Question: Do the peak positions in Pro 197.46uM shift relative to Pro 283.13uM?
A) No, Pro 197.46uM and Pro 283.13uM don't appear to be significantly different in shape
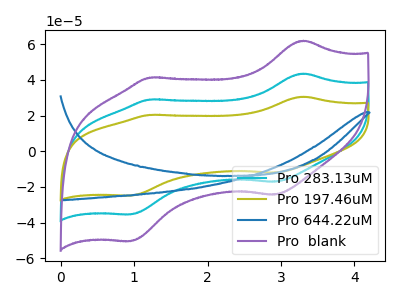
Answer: <think>The cyan curve "Pro 283.13uM" has anodic peaks at (3.30V, 43.55uA) (1.20V, 29.05uA) and cathodic peaks at (2.90V, -17.10uA) (0.95V, -35.40uA). The olive curve "Pro 197.46uM" has anodic peaks at (3.30V, 30.60uA) (1.20V, 20.40uA) and cathodic peaks at (2.90V, -12.00uA) (0.95V, -24.85uA). The blue curve "Pro 644.22uM" has no peaks. The purple curve "Pro  blank" has anodic peaks at (3.30V, 87.10uA) (1.20V, 58.10uA) and cathodic peaks at (2.90V, -34.20uA) (0.95V, -70.80uA).
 All the peaks in "Pro 197.46uM" have a peak in "Pro 283.13uM" at the same potential. Every peak in "Pro 197.46uM" is lower than every peak in "Pro 283.13uM".</think>
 <answer>A) No, "Pro 197.46uM" and "Pro 283.13uM" don't appear to be significantly different in shape</answer>
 <eval>A</eval>